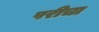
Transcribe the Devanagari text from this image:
परीचा